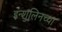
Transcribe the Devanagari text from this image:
इन्शुलिनच्या